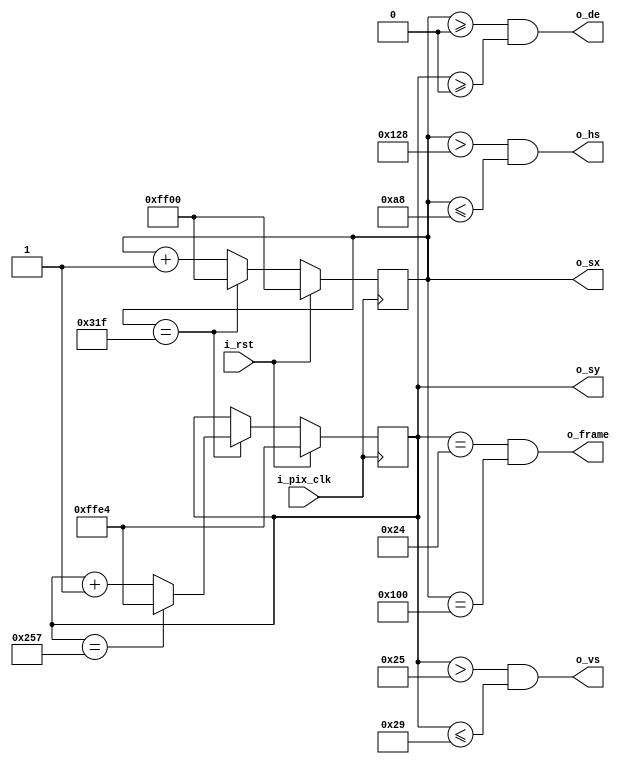
`timescale 1ns / 1ps
//////////////////////////////////////////////////////////////////////////////////
// Company: 
// Engineer: 
// 
// Design Name: 
// Module Name: Display_Timing
// Project Name: 
// Target Devices: 
// Tool Versions: 
// Description: 
// 
// Dependencies: 
// 
// Revision:
// Revision 0.01 - File Created
// Additional Comments:
// 
//////////////////////////////////////////////////////////////////////////////////

//default: 800*600
module display_timings #(
    parameter H_RES=800,                      // horizontal resolution (pixels)
    parameter V_RES=600,                      // vertical resolution (lines)
    parameter H_FP=40,                        // horizontal front porch
    parameter H_SYNC=128,                      // horizontal sync
    parameter H_BP=88,                        // horizontal back porch
    parameter V_FP=1,                        // vertical front porch
    parameter V_SYNC=4,                       // vertical sync
    parameter V_BP=23,                        // vertical back porch
    parameter H_POL=1,                        // horizontal sync polarity (0:neg, 1:pos)
    parameter V_POL=1                         // vertical sync polarity (0:neg, 1:pos)
    )
    (
    input wire i_pix_clk,                //pixel clock
    input wire i_rst,
    output wire o_hs,
    output wire o_vs,
    output wire o_frame,
    output wire o_de,                    //display enable:high during active video
    output reg signed [15:0] o_sx,             //horizontal secreen position
    output reg signed [15:0] o_sy              //vertical screen position
    );
    
    //horizontal
    localparam signed H_STA = 0-H_FP-H_SYNC-H_BP;
    localparam signed HS_STA = H_STA+H_FP;
    localparam signed HS_END = HS_STA+H_SYNC;       //sync period
    localparam signed HA_STA = 0;                   //active start
    localparam signed HA_END = H_RES - 1;           //active end
    
    //vertical
    localparam signed V_STA = 0-V_FP-V_SYNC-V_BP;
    localparam signed VS_STA = V_STA+V_FP;
    localparam signed VS_END = VS_STA+V_SYNC;       //
    localparam signed VA_STA = 0;                   //active start
    localparam signed VA_END = V_RES - 1;           //active end

    //sync signal
    assign o_hs = H_POL?(o_sx>HS_STA && o_sx<=HS_END): ~(o_sx>HS_STA && o_sx<=HS_END);
    assign o_vs = V_POL?(o_sy>VS_STA && o_sy<=VS_END): ~(o_sy>VS_STA && o_sy<=VS_END);

    //display enable
    assign o_de = (o_sx>=0 && o_sy>=0);

    //o_frame: high for one tick at the start of each frame
    assign o_frame = (o_sy==V_STA && o_sx==H_STA);

    always @ (posedge i_pix_clk) begin
        if(i_rst) begin
            o_sx <= H_STA;
            o_sy <= V_STA;
        end

        else begin
            //judge row
            if(o_sx == HA_END) begin
                o_sx <= H_STA;
                //column judge
                if(o_sy == VA_END)
                    o_sy <= V_STA;
                else
                    o_sy <= o_sy + 16'h1;
            end
            else
                o_sx <= o_sx + 16'h1;
        end
    end
endmodule